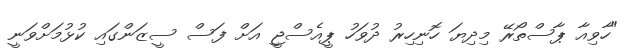
"ހާވިއާ ޕާސްތޯރޭ މިދިޔަ ހޮނިހިރު ދުވަހު ޕީއެސްޖީ އަށް ފަސް ސީޒަންގައި ކުޅުމަށްވަނީ